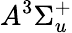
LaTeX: A^{3}\Sigma_{u}^{+}